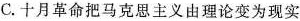
C.十月革命把马克思主义由理论变为现实